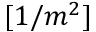
[ 1 / m ^ { 2 } ]